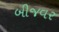
બીજવર